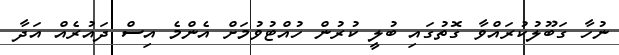
ނުހާ ގަބޫލުކުރައްވާ ގޮތުގައި ބުލީ ކުރުން ހުއްޓުވުމަށް އެންމެ އިސް ދައުރެއް އަދާ